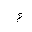
Letter: _hamza